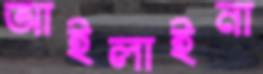
আইলাইনা